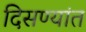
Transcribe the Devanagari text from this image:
दिसण्यांत